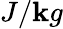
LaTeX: J/\mathbf{k}g